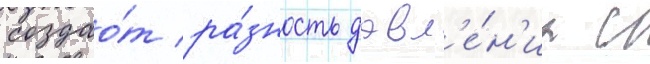
создао́т ра́зность давл'е́н'иа с